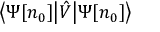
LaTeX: { \big \langle } \Psi [ n _ { 0 } ] { \big | } { \hat { V } } { \big | } \Psi [ n _ { 0 } ] { \big \rangle }